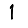
Digit: 1